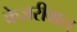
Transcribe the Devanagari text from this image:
केज़रीवाल